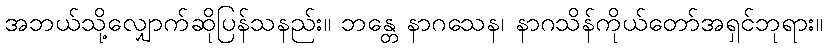
အဘယ်သို့လျှောက်ဆိုပြန်သနည်း။ ဘန္တေ နာဂသေန၊ နာဂသိန်ကိုယ်တော်အရှင်ဘုရား။